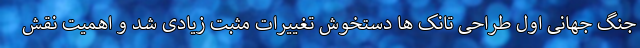
جنگ جهانی اول طراحی تانک ها دستخوش تغییرات مثبت زیادی شد و اهمیت نقش